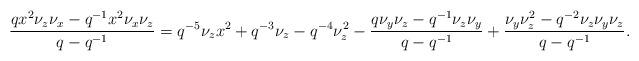
LaTeX: \begin{align*} \frac{qx^2 \nu_z\nu_x - q^{-1}x^2 \nu_x \nu_z}{q-q^{-1}} = q^{-5}\nu_z x^2 + q^{-3}\nu_z - q^{-4}\nu_z^2 - \frac{q\nu_y \nu_z - q^{-1}\nu_z\nu_y}{q-q^{-1}} + \frac{\nu_y\nu_z^2-q^{-2}\nu_z\nu_y\nu_z}{q-q^{-1}}.\end{align*}